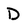
Character: D